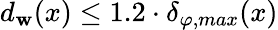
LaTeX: d_{\mathbf{w}}(x)\leq1.2\cdot\delta_{\varphi,max}(x)